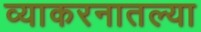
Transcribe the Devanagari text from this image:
व्याकरनातल्या